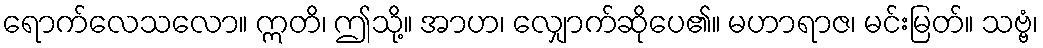
ရောက်လေသလော။ ဣတိ၊ ဤသို့။ အာဟ၊ လျှောက်ဆိုပေ၏။ မဟာရာဇ၊ မင်းမြတ်။ သဗ္ဗံ၊